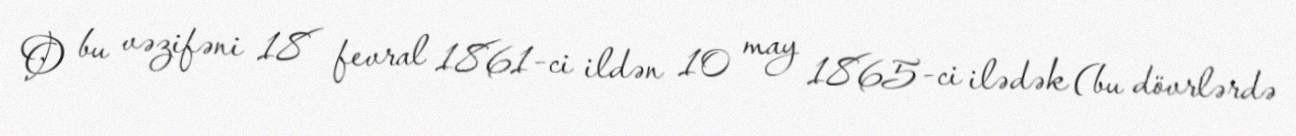
O bu vəzifəni 18 fevral 1861-ci ildən 10 may 1865-ci ilədək (bu dövrlərdə